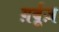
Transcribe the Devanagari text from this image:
ग़र्बूज़